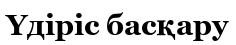
Үдіріс басқару